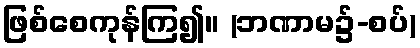
ဖြစ်စေကုန်ကြ၍။ (ဘဏာမ၌-စပ်)